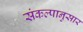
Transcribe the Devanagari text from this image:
संकल्पानुसार